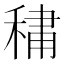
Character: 𮃒